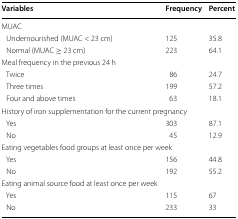
<table><thead><tr><td><b>Variables</b></td><td><b>Frequency</b></td><td><b>Percent</b></td></tr></thead><tbody><tr><td colspan="3">MUAC</td></tr><tr><td> Undernourished (MUAC &lt; 23 cm)</td><td>125</td><td>35.8</td></tr><tr><td> Normal (MUAC ≥ 23 cm)</td><td>223</td><td>64.1</td></tr><tr><td colspan="3">Meal frequency in the previous 24 h</td></tr><tr><td> Twice</td><td>86</td><td>24.7</td></tr><tr><td> Three times</td><td>199</td><td>57.2</td></tr><tr><td> Four and above times</td><td>63</td><td>18.1</td></tr><tr><td colspan="3">History of iron supplementation for the current pregnancy</td></tr><tr><td> Yes</td><td>303</td><td>87.1</td></tr><tr><td> No</td><td>45</td><td>12.9</td></tr><tr><td colspan="3">Eating vegetables food groups at least once per week</td></tr><tr><td> Yes</td><td>156</td><td>44.8</td></tr><tr><td> No</td><td>192</td><td>55.2</td></tr><tr><td colspan="3">Eating animal source food at least once per week</td></tr><tr><td> Yes</td><td>115</td><td>67</td></tr><tr><td> No</td><td>233</td><td>33</td></tr></tbody></table>